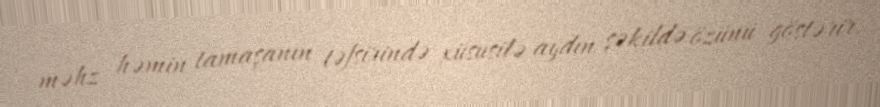
məhz həmin tamaşanın təfsirində xüsusilə aydın şəkildə özünü göstərir.